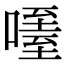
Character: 𠽧